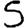
Digit: 5